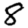
Digit: 8